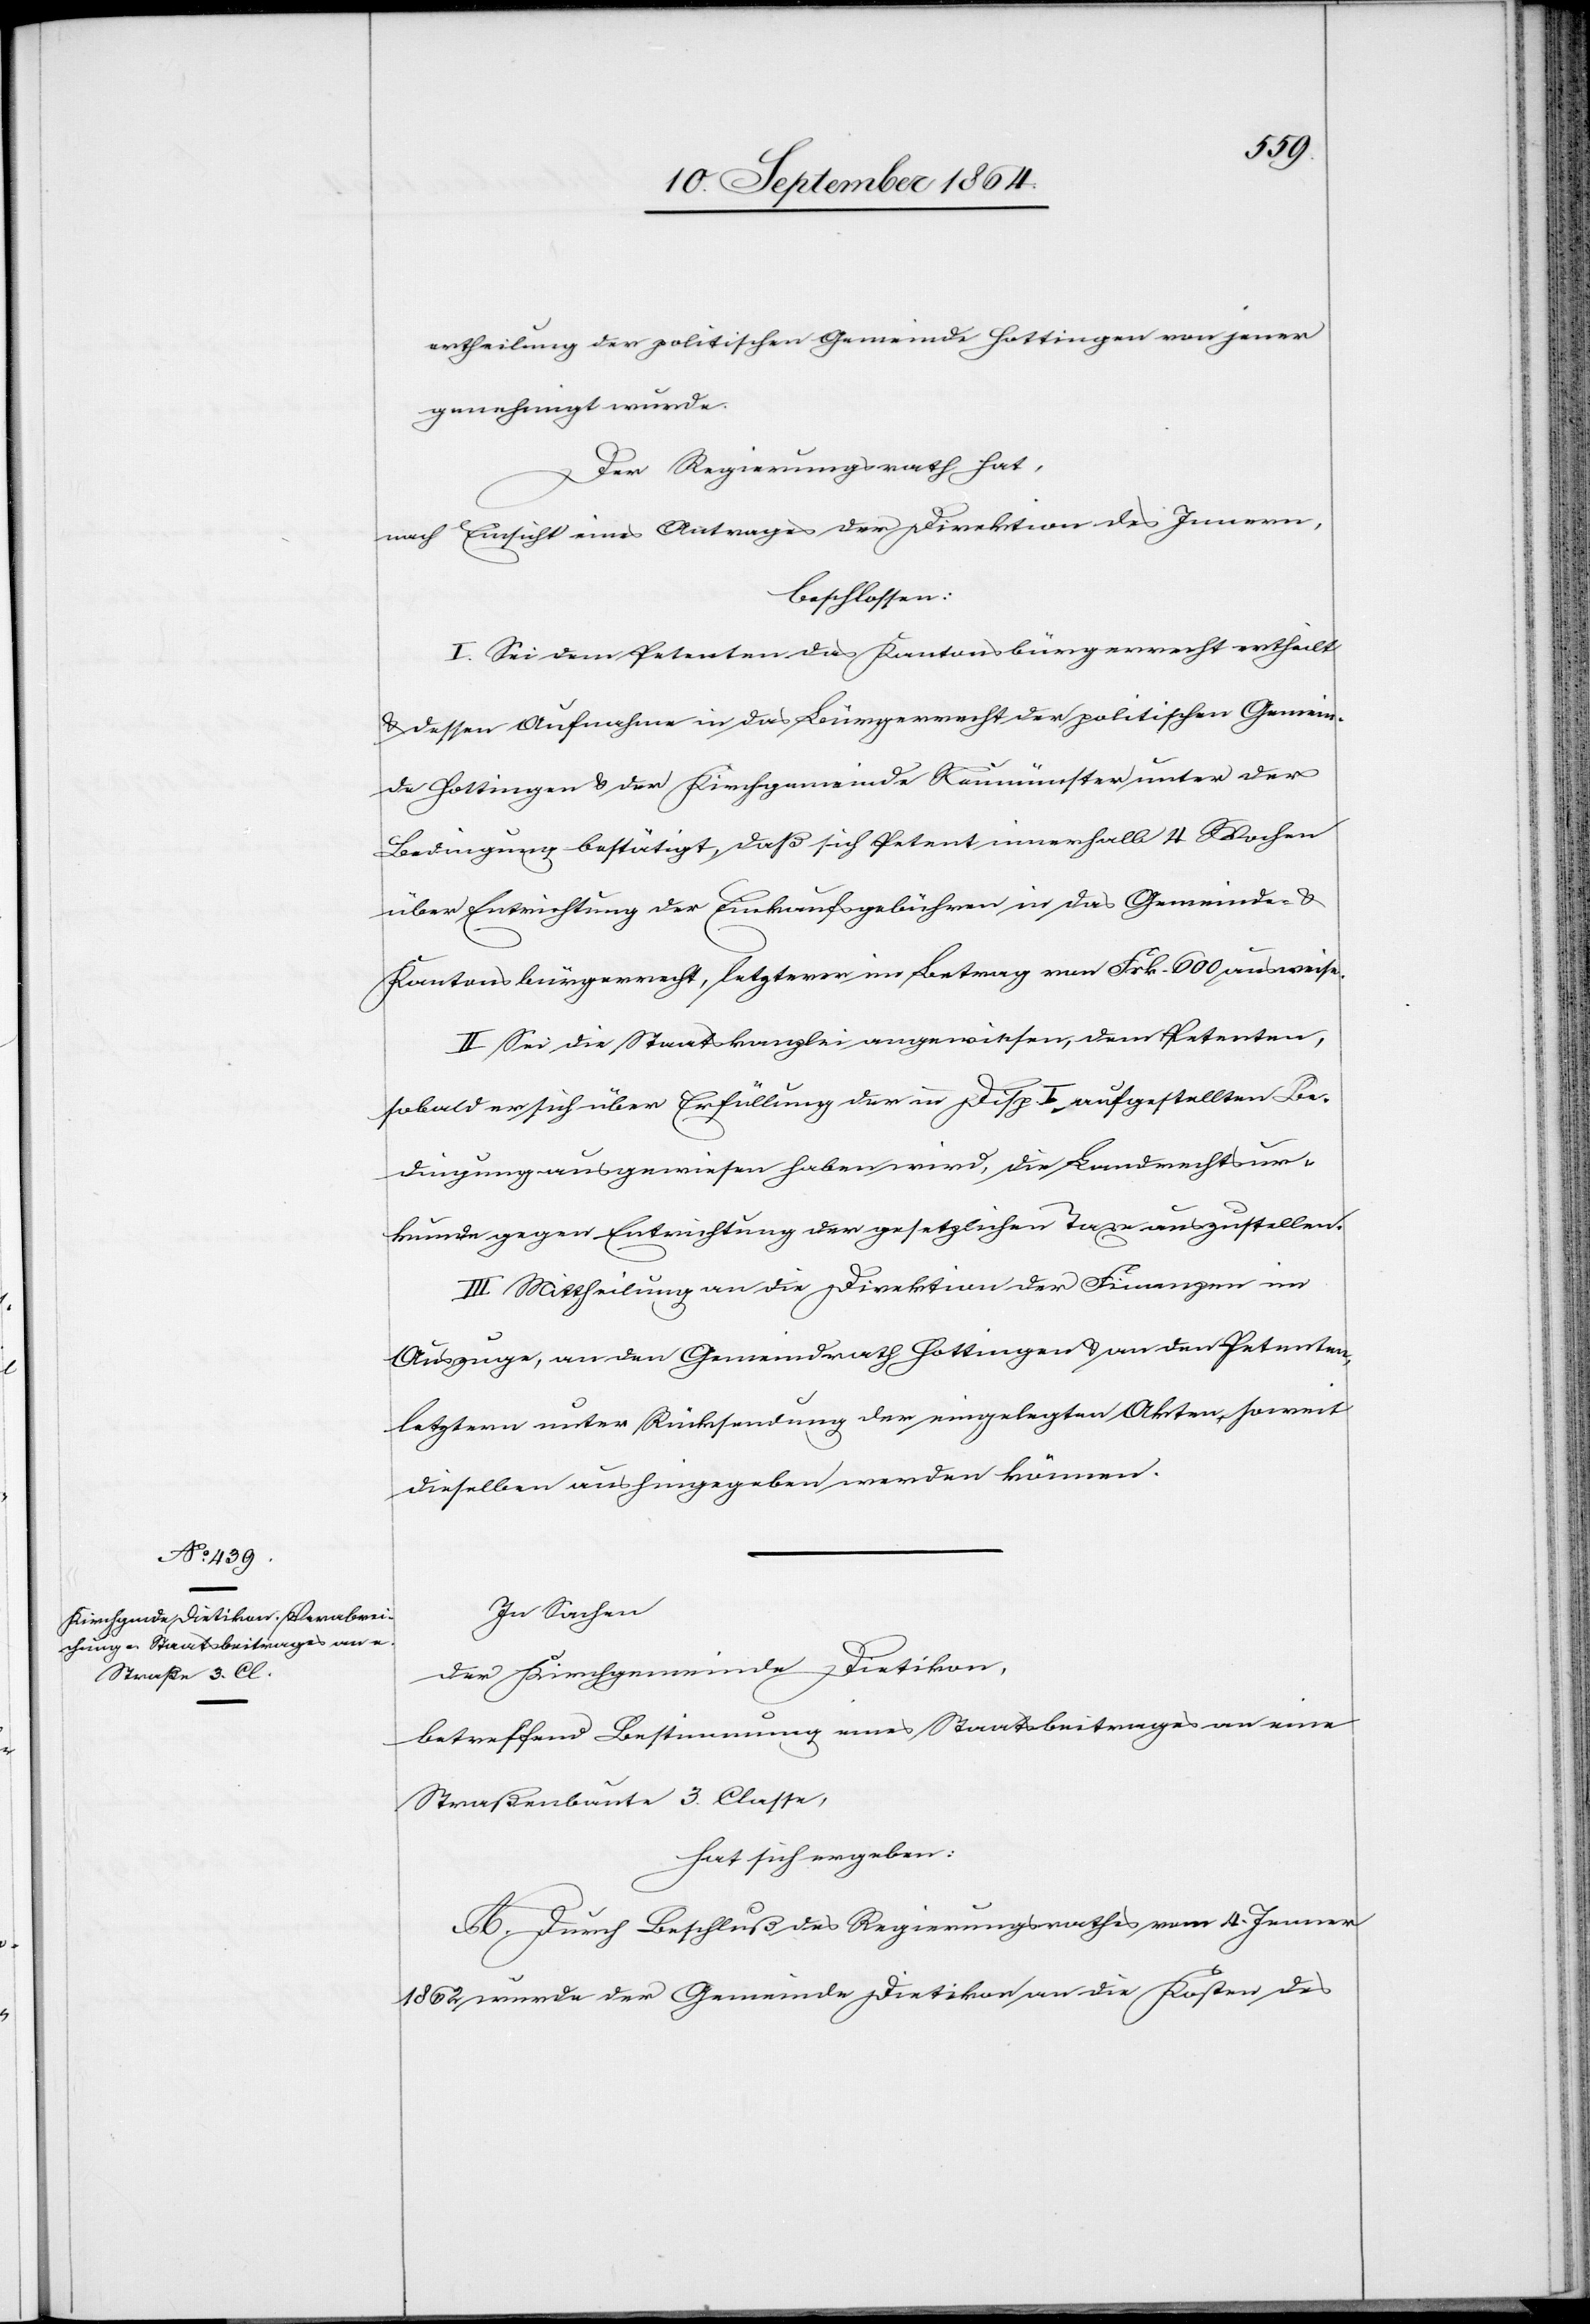
ertheilung der politischen Gemeinde Hottingen von jener
genehmigt wurde.
Der Regierungsrath hat,
nach Einsicht eines Antrages der Direktion des Innern,
beschlossen:
I. Sei dem Petenten das Kantonsbürgerrecht ertheilt
& dessen Aufnahme in das Bürgerrecht der politischen Gemein¬
de Hottingen & der Kirchgemeinde Neumünster unter der
Bedingung bestätigt, daß sich Petent innerhalb 4 Wochen
über Entrichtung der Einkaufsgebühren in das Gemeinde- &
Kantonsbürgerrecht, letzterer im Betrag von Frk. 600 ausweise.
II. Sei die Staatskanzlei angewiesen, dem Petenten,
sobald er sich über Erfüllung der in Disp. I aufgestellten Be¬
dingungen ausgewiesen haben wird, die Landrechtsur¬
kunde gegen Entrichtung der gesetzlichen Taxe auszustellen.
III. Mittheilung an die Direktion der Finanzen im
Auszuge, an den Gemeindrath Hottingen & an den Petenten,
letztern unter Rücksendung der eingelegten Akten, soweit
dieselben aushingegeben werden können.
In Sachen
der Kirchgemeinde Dietikon
betreffend Bestimmung eines Staatsbeitrages an eine
Straßenbaute 3. Classe,
hat sich ergeben:
A. Durch Beschluß des Regierungsrathes vom 4. Jenner
1862 wurde der Gemeinde Dietikon an die Kosten des